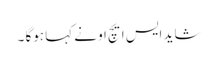
شاید ایس ایچ او نے کہا ہوگا ۔